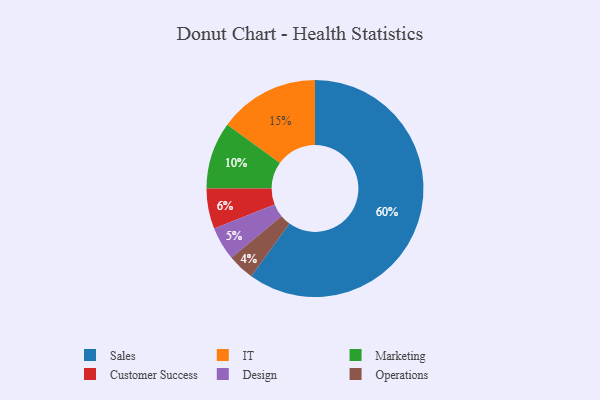
{"axis": {"x": "Category", "y": "Percentage"}, "legend": ["Customer Success", "Design", "IT", "Marketing", "Operations", "Sales"], "data": [{"x": "Sales", "y": 60, "type": "Sales"}, {"x": "IT", "y": 15, "type": "IT"}, {"x": "Customer Success", "y": 6, "type": "Customer Success"}, {"x": "Marketing", "y": 10, "type": "Marketing"}, {"x": "Operations", "y": 4, "type": "Operations"}, {"x": "Design", "y": 5, "type": "Design"}]}